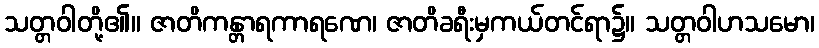
သတ္တဝါတို့၏။ ဇာတိကန္တာရကာရဏေ၊ ဇာတိခရီးမှကယ်တင်ရာ၌။ သတ္တဝါဟသမော၊